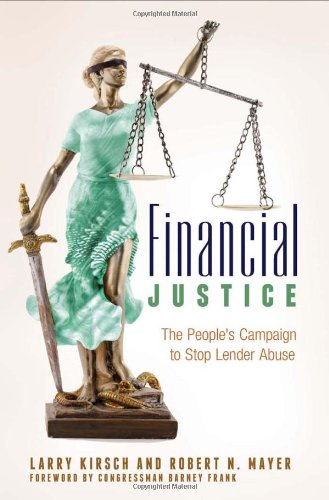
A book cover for Financial Justice: The People's Campaign to Stop Lender Abuse; Larry Kirsch; Law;